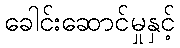
ခေါင်းဆောင်မှုနှင့်